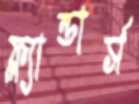
ফ্ল্যান্ডার্স